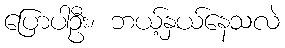
ပြောပါဦး၊ ဘယ့်နှယ်နေသလဲ